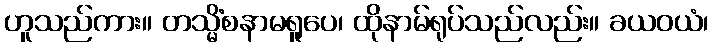
ဟူသည်ကား။ တသ္မိံစနာမရူပေ၊ ထိုနာမ်ရုပ်သည်လည်း။ ခယဝယံ၊